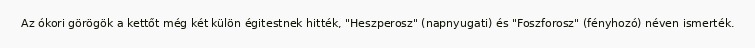
Az ókori görögök a kettőt még két külön égitestnek hitték, "Heszperosz" (napnyugati) és "Foszforosz" (fényhozó) néven ismerték.